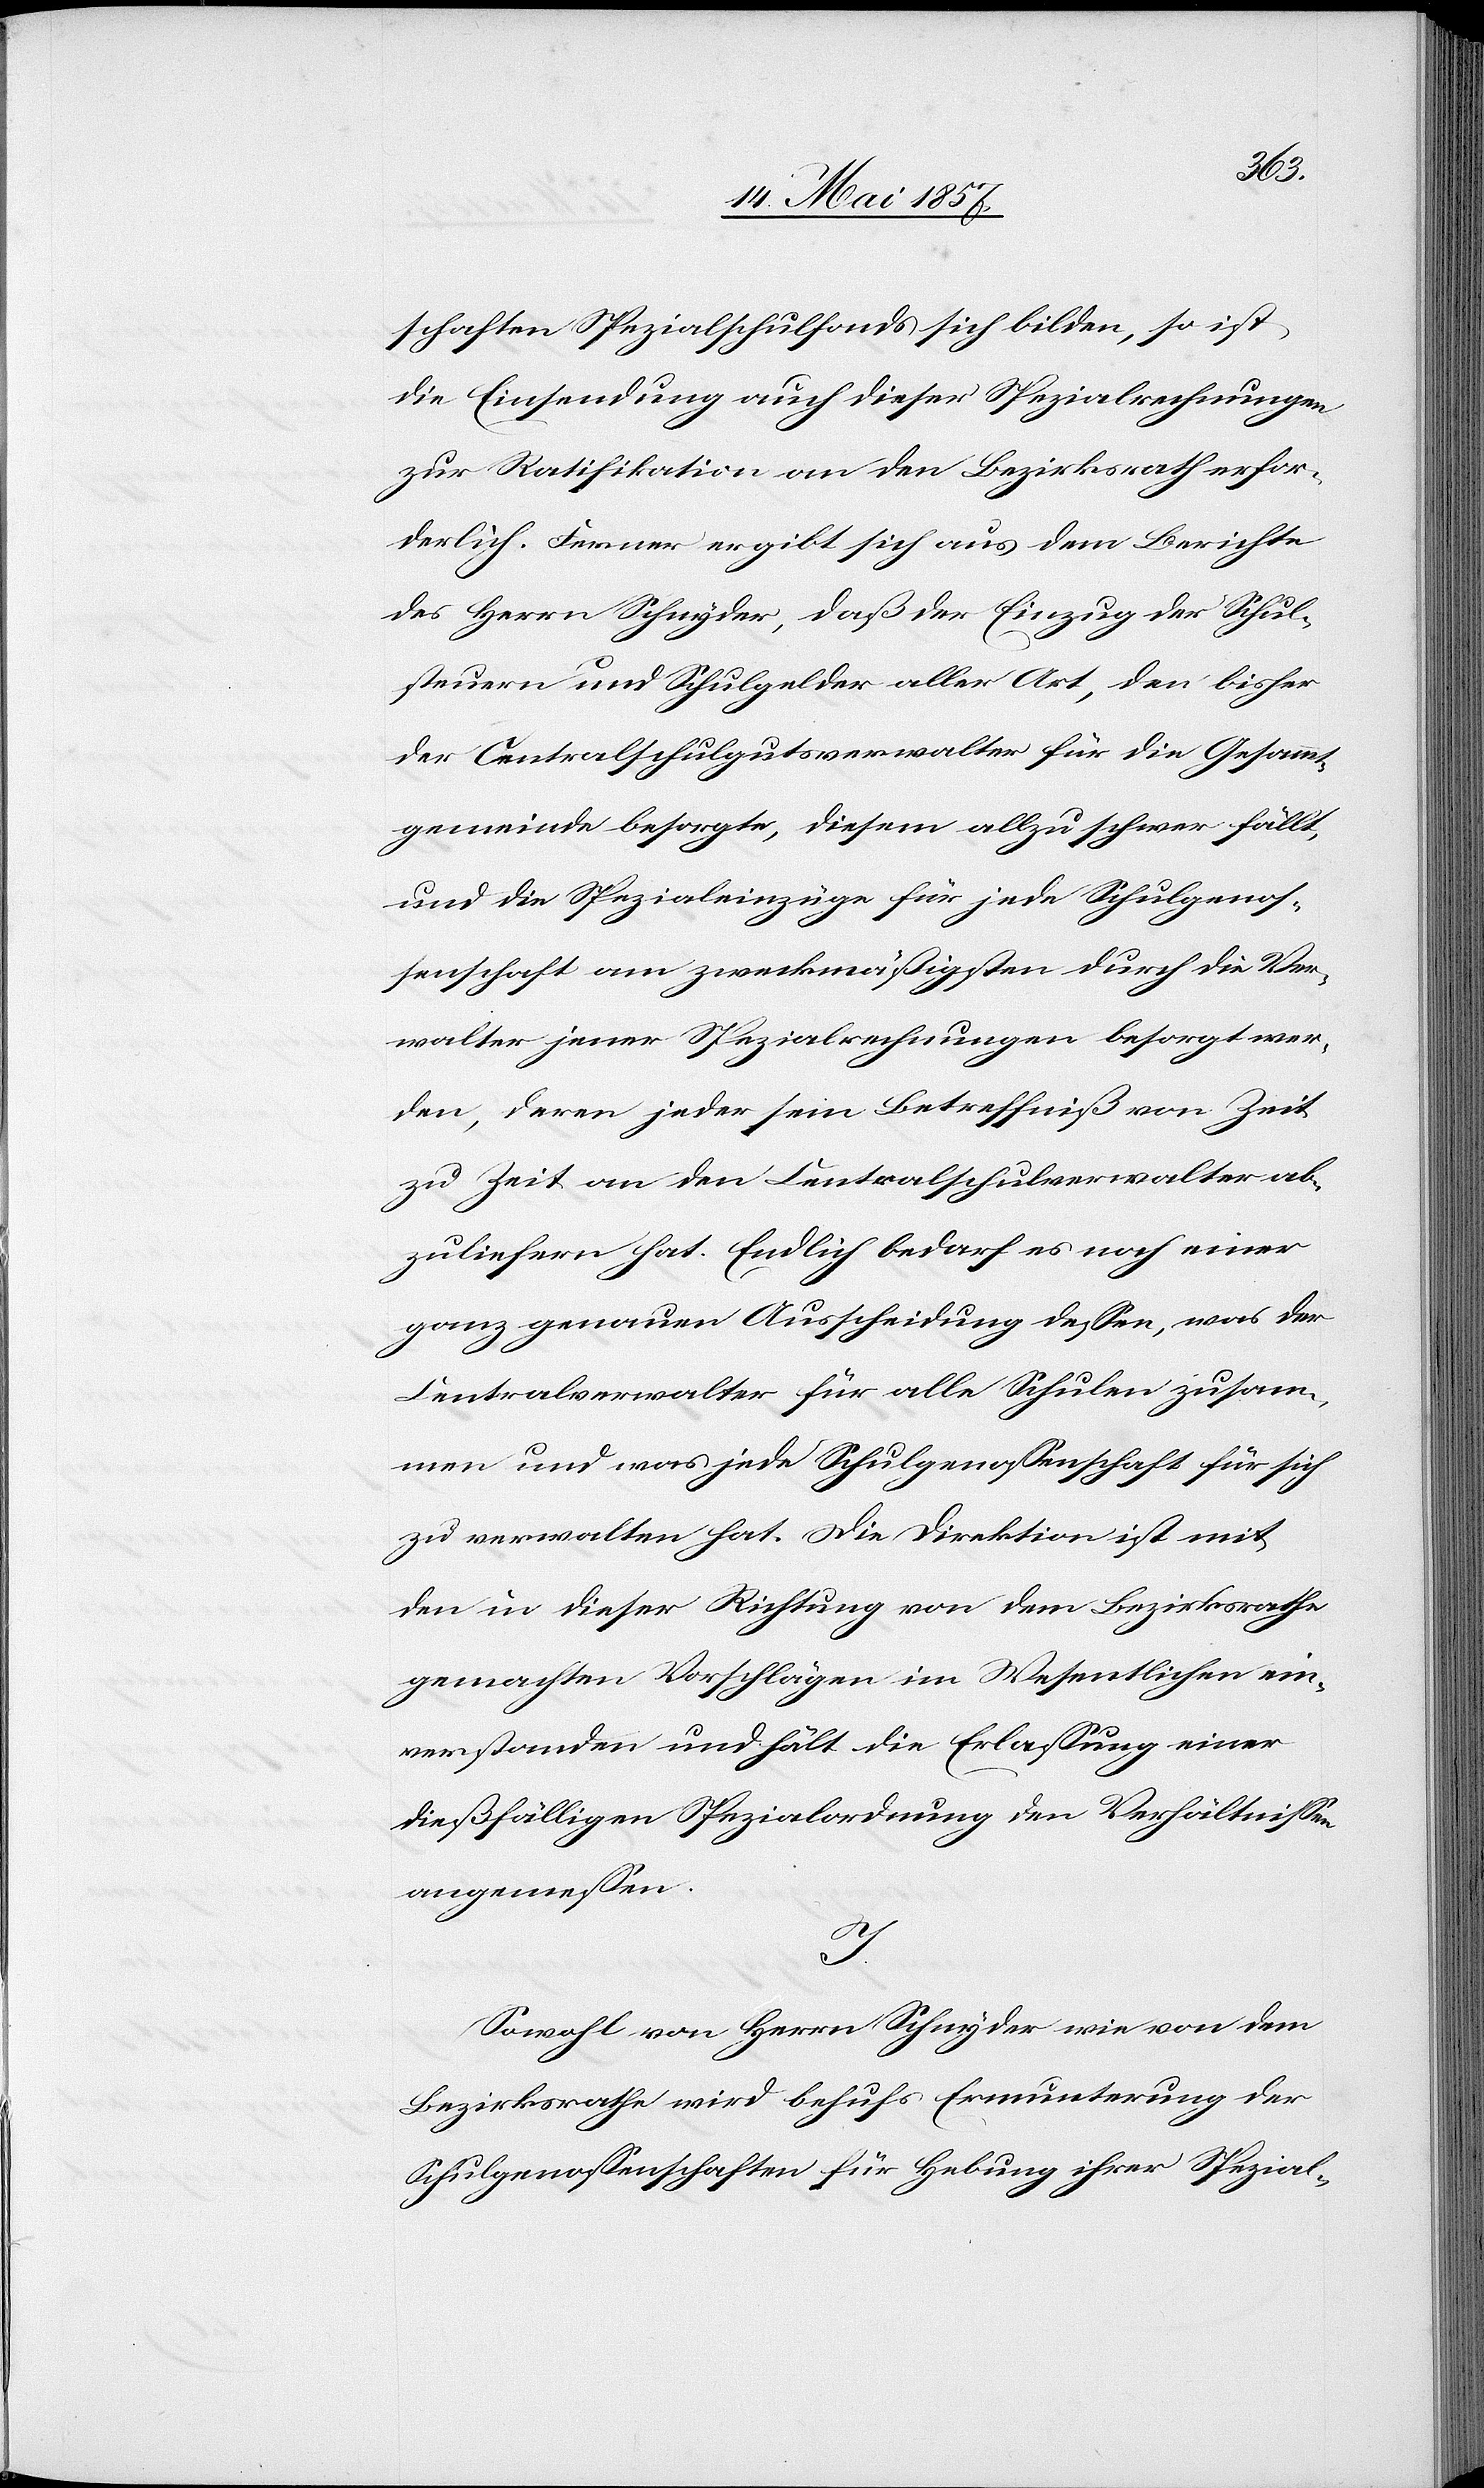
schaften Spezialschulfonds sich bilden, so ist
die Einsendung auch dieser Spezialrechnungen
zur Ratifikation an den Bezirksrath erfor¬
derlich. Ferner ergibt sich aus dem Berichte
des Herrn Schnyder, daß der Einzug der Schul¬
steuern und Schulgelder aller Art, den bisher
der Centralschulgutsverwalter für die Gesammt¬
gemeinde besorgte, diesem allzu schwer fällt,
und die Spezialeinzüge für jede Schulgenos¬
senschaft am zweckmäßigsten durch die Ver¬
walter jener Spezialrechnungen besorgt wer¬
den, deren jeder sein Betreffniß von Zeit
zu Zeit an den Centralschulverwalter ab¬
zuliefern hat. Endlich bedarf es noch einer
ganz genauen Ausscheidung dessen, was der
Centralverwalter für alle Schulen zusam¬
men und was jede Schulgenossenschaft für sich
zu verwalten hat. Die Direktion ist mit
den in dieser Richtung von dem Bezirksrathe
gemachten Vorschlägen im Wesentlichen ein¬
verstanden und hält die Erlassung einer
dießfälligen Spezialordnung den Verhältnissen
angemessen.
J.
Sowohl von Herrn Schnyder wie von dem
Bezirksrathe wird behufs Ermunterung der
Schulgenossenschaften für Hebung ihrer Spezial-